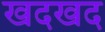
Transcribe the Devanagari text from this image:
खदखद